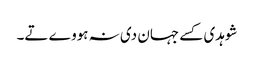
شوہدی کسے جہان دی نہ ہووے تے۔